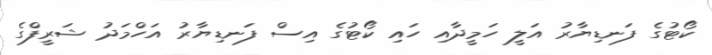
ކޯޓުގެ ފަނޑިޔާރު އަލީ ހަމީދާއި ހައި ކޯޓުގެ އިސް ފަނޑިޔާރު އަހްމަދު ޝަރީފްގެ